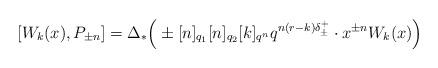
LaTeX: \begin{align*}[W_k(x), P_{\pm n}] = \Delta_* \Big(\pm [n]_{q_1} [n]_{q_2} [k]_{q^n} q^{n(r-k) \delta_{\pm}^+} \cdot x^{\pm n} W_k(x) \Big)\end{align*}